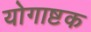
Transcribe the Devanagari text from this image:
योगाष्टक